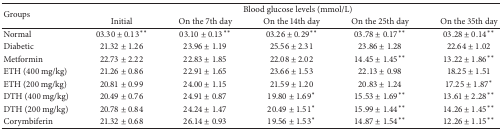
<table><thead><tr><td rowspan="2"><b>Groups</b></td><td colspan="5"><b>Blood glucose levels (mmol/L)</b></td></tr><tr><td><b>Initial </b></td><td><b>On the 7th day</b></td><td><b>On the 14th day</b></td><td><b>On the 25th day</b></td><td><b>On the 35th day</b></td></tr></thead><tbody><tr><td>Normal</td><td>03.30 ± 0.13**</td><td>03.10 ± 0.13**</td><td>03.26 ± 0.29**</td><td>03.78 ± 0.17**</td><td>03.28 ± 0.14**</td></tr><tr><td>Diabetic</td><td>21.32 ± 1.26</td><td>23.96 ± 1.19</td><td>25.56 ± 2.31</td><td>23.86 ± 1.28</td><td>22.64 ± 1.02</td></tr><tr><td>Metformin</td><td>22.73 ± 2.22</td><td>22.83 ± 1.85</td><td>22.08 ± 2.02</td><td>14.45 ± 1.45**</td><td>13.22 ± 1.86**</td></tr><tr><td>ETH (400 mg/kg)</td><td>21.26 ± 0.86</td><td>22.91 ± 1.65</td><td>23.66 ± 1.53</td><td>22.13 ± 0.98</td><td>18.25 ± 1.51</td></tr><tr><td>ETH (200 mg/kg)</td><td>20.81 ± 0.99</td><td>24.00 ± 1.15</td><td>21.59 ± 1.20</td><td>20.83 ± 1.24</td><td>17.25 ± 1.87*</td></tr><tr><td>DTH (400 mg/kg)</td><td>20.49 ± 0.76</td><td>24.91 ± 0.87</td><td>19.80 ± 1.69*</td><td>15.53 ± 1.69**</td><td>13.61 ± 2.28**</td></tr><tr><td>DTH (200 mg/kg)</td><td>20.78 ± 0.84</td><td>24.24 ± 1.47</td><td>20.49 ± 1.51*</td><td>15.99 ± 1.44**</td><td>14.26 ± 1.45**</td></tr><tr><td>Corymbiferin </td><td>21.32 ± 0.68</td><td>26.14 ± 0.93</td><td>19.56 ± 1.53*</td><td>14.87 ± 1.54**</td><td>12.26 ± 1.15**</td></tr></tbody></table>